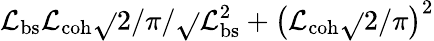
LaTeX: \mathcal{L}_{\mathrm{{bs}}}\mathcal{L}_{\mathrm{{coh}}}\sqrt{}{{2}}/\pi/\sqrt{}{{\mathcal{L}_{\mathrm{{bs}}}^{2}+\left(\mathcal{L}_{\mathrm{{coh}}}\sqrt{}{{2}}/\pi\right)^{2}}}